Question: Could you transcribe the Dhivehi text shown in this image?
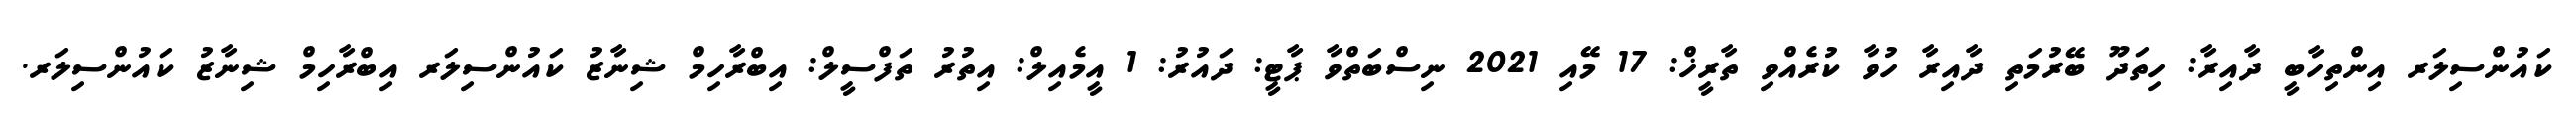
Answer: ކައުންސިލަރ އިންތިހާބީ ދާއިރާ: ހިތަދޫ ބޭރުމަތި ދާއިރާ ހުވާ ކުރެއްވި ތާރީޚް: 17 މޭއި 2021 ނިސްބަތްވާ ޕާޓީ: ދައުރު: 1 އީމެއިލް: އިތުރު ތަފްސީލް: އިބްރާހިމް ޝިނާޒު ކައުންސިލަރ އިބްރާހިމް ޝިނާޒު ކައުންސިލަރ.